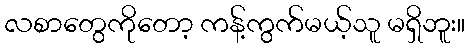
လစာတွေကိုတော့ ကန့်ကွက်မယ့်သူ မရှိဘူး။